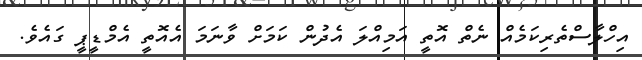
އިހްލާސްތެރިކަމެއް ނެތް އޮތީ އަމިއްލަ އެދުން ކަމަށް ވާނަމަ އެއޮތީ އެމްޑީޕީ ގައެވެ.